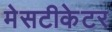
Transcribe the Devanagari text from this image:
मेसटीकेटर